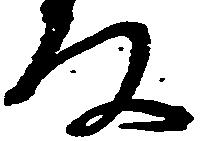
な